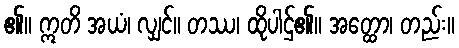
၏။ ဣတိ အယံ၊ လျှင်။ တဿ၊ ထိုပါဌ်၏။ အတ္ထော၊ တည်း။